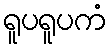
ရူပရူပကံ